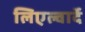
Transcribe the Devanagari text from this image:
लिएल्वार्दे